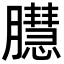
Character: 𦢔